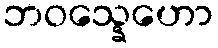
ဘဝသ္နေဟော